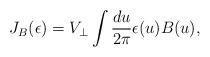
LaTeX: \begin{align*}J_B(\epsilon) = V_\perp \int {du \over 2\pi }\epsilon(u) B(u),\end{align*}